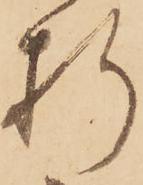
折